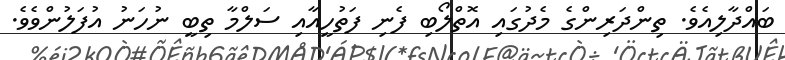
ބައްދާލިއެވެ. ތިންދަރިންގެ މެދުގައި އޮތްލޯބި ފެނި ފަތުހީއާއި ސަލްމާ ތިބީ ނުހަނު އުފަލުންވެވެ.